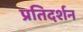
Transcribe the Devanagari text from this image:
प्रतिदर्शन